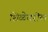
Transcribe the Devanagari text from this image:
शिळेवरील